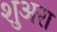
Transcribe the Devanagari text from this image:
शुअरा